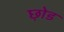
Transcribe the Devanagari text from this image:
छ़ोड